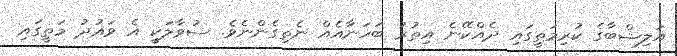
އަލިޝްބާގެ ކުރިމަތީގައި ދެއްކޭނެ އިތުރު ބަހަނާއެއް ނެތިގެންނެވެ. ސުވާލަކީ އެ ވައުދު މަތީގައި